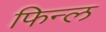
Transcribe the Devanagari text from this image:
फिन्ल